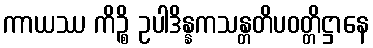
ကာယဿ ကိဉ္စိ ဥပါဒိန္နကသန္တတိပဝတ္တိဋ္ဌာနေ